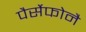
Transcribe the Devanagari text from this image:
पैर्सेफोनै